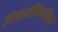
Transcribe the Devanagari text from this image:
निवडसिमतीवर